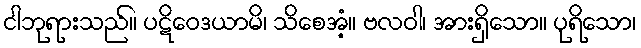
ငါဘုရားသည်။ ပဋိဝေဒယာမိ၊ သိစေအံ့။ ဗလဝါ၊ အားရှိသော။ ပုရိသော၊